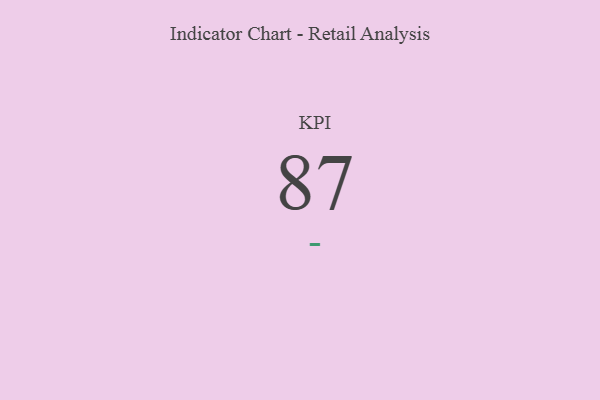
{"axis": {"x": "KPI", "y": "Value"}, "legend": [""], "data": [{"x": "KPI", "y": 87, "type": ""}]}